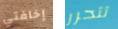
إخافتي تتحرر